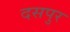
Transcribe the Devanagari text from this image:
दसपुर